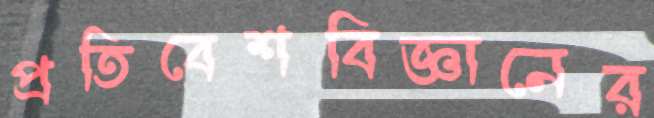
প্রতিবেশবিজ্ঞানের